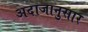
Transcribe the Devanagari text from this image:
अदाजानुसार